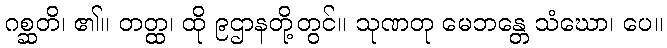
ဂစ္ဆတိ၊ ၏။ တတ္ထ၊ ထို ၉ဌာနတို့တွင်။ သုဏတု မေဘန္တေ သံဃော၊ ပေ။